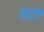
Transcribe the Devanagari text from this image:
शतो